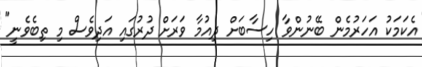
އެކަމަކު އަހަރުމެން ބޭނުންވާ ހިސާބަށް ދިއުމާ ވަރަށް ދުރުގައި އަދިވެސް މި ތިބެވެނީ"